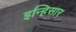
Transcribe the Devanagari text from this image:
इन्हिसार